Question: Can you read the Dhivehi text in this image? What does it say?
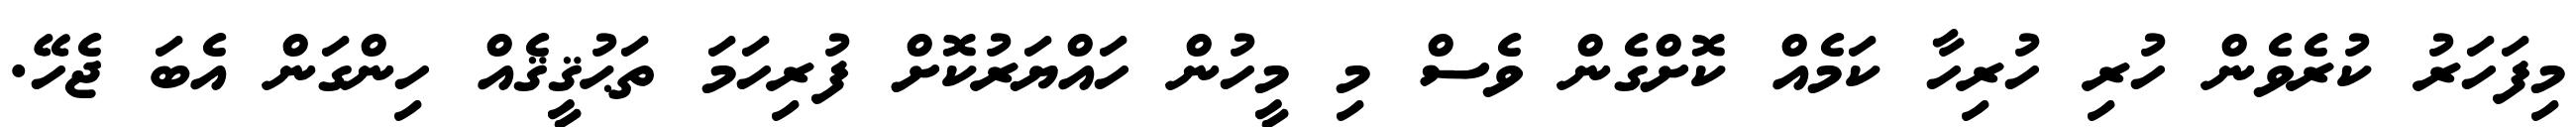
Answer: މިފަހަރު ކުރެވެން ހުރި ހުރިހާ ކަމެއް ކޮށްގެން ވެސް މި މީހުން ހައްޔަރުކޮށް ފުރިހަމަ ތަޙުޤީޤެއް ހިންގަން އެބަ ޖެހޭ.